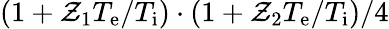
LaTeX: (1+\mathcal{Z}_{1}T_{\mathrm{{e}}}/T_{\mathrm{{i}}})\cdot(1+\mathcal{Z}_{2}T_{\mathrm{{e}}}/T_{\mathrm{{i}}})/4